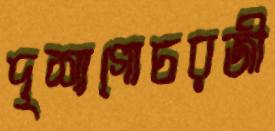
দৃশ্যগোচরজী